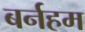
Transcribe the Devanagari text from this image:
बर्नहम